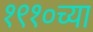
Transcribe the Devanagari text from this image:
१९१०च्या